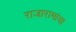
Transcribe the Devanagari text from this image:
राजारामांचा